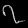
Digit: ၇